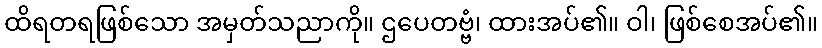
ထိရတရဖြစ်သော အမှတ်သညာကို။ ဌပေတဗ္ဗံ၊ ထားအပ်၏။ ဝါ၊ ဖြစ်စေအပ်၏။